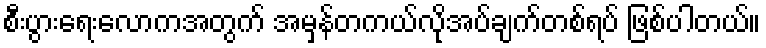
စီးပွားရေးလောကအတွက် အမှန်တကယ်လိုအပ်ချက်တစ်ရပ် ဖြစ်ပါတယ်။